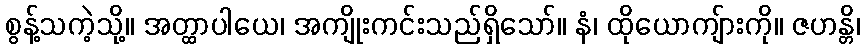
စွန့်သကဲ့သို့။ အတ္ထာပါယေ၊ အကျိုးကင်းသည်ရှိသော်။ နံ၊ ထိုယောကျ်ားကို။ ဇဟန္တိ၊